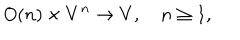
LaTeX: O ( n ) \times V ^ { n } \rightarrow V , \quad n \geq 1 ,